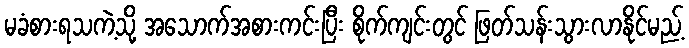
မခံစားရသကဲ့သို့ အသောက်အစားကင်းပြီး စိုက်ကျင်းတွင် ဖြတ်သန်းသွားလာနိုင်မည့်